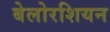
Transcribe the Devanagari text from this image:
बेलोरशियन